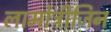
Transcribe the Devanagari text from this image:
लामोत्रीजिन